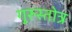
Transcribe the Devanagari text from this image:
गुरुस्तोत्र